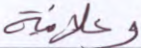
وعلانية